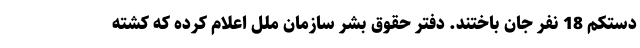
دستکم 18 نفر جان باختند. دفتر حقوق بشر سازمان ملل اعلام کرده که کشته